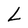
Character: L